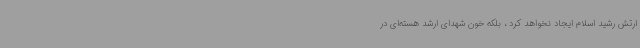
ارتش رشید اسلام ایجاد نخواهد کرد ، بلکه خون شهدای ارشد هسته‌ای در